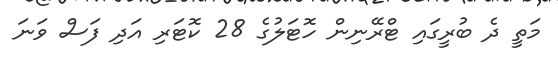
މަތީ ދެ ބުރީގައި ޓްރޭނިން ހޮޓަލުގެ 28 ކޮޓަރި އަދި ފަސް ވަނަ